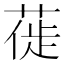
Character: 𫈾